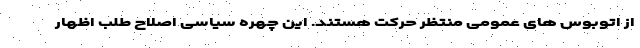
از اتوبوس های عمومی منتظر حرکت هستند. این چهره سیاسی اصلاح طلب اظهار